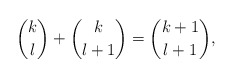
\begin{align*} \binom{k}{l}+\binom{k}{l+1}=\binom{k+1}{l+1},\end{align*}